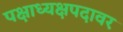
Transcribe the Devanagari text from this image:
पक्षाध्यक्षपदावर